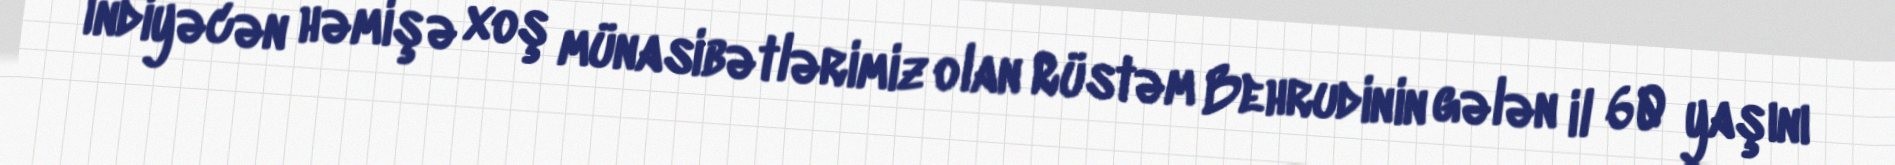
İndiyəcən həmişə xoş münasibətlərimiz olan Rüstəm Behrudinin gələn il 60 yaşını